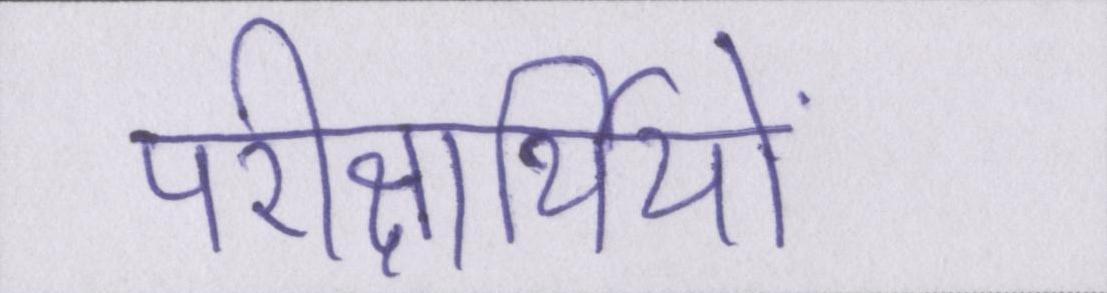
परीक्षार्थियों